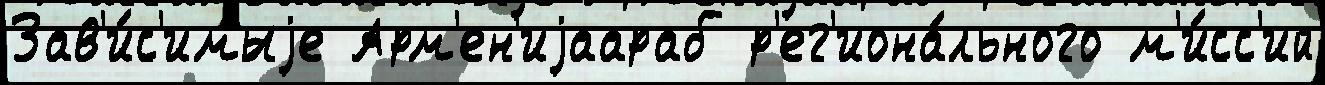
Зав'и́с'имыjе Арм'ен'иjаараб р'ег'иона́льного м'и́сс'ий